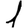
Digit: 1